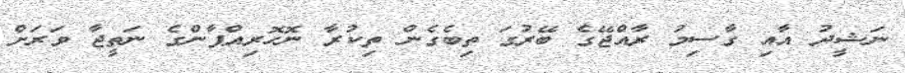
ނަޝީދު އާއި ގާސިމު ރާއްޖޭގެ ބޭރުގަ ތިބެގެން ތިކުރާ ނޮހޮރިއްޕާންގެ ނަތީޖާ ވަރަށް